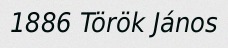
1886 Török János